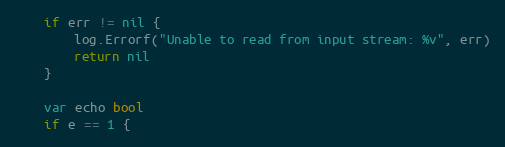
Language: Go
	if err != nil {
		log.Errorf("Unable to read from input stream: %v", err)
		return nil
	}

	var echo bool
	if e == 1 {